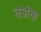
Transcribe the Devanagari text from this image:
नअंक